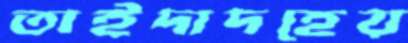
তাইদাদহেয়